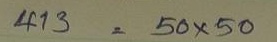
413 = 50x50